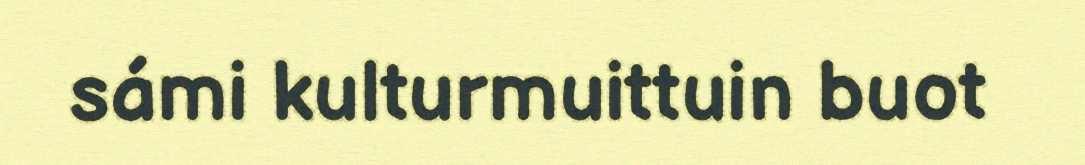
sámi kulturmuittuin buot